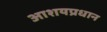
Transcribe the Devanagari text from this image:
आशयप्रधान